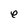
Character: e